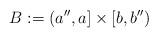
LaTeX: \begin{align*}B:=(a'',a]\times [b,b'')\end{align*}